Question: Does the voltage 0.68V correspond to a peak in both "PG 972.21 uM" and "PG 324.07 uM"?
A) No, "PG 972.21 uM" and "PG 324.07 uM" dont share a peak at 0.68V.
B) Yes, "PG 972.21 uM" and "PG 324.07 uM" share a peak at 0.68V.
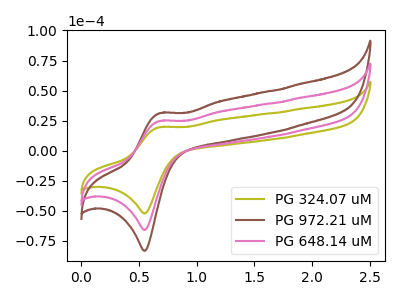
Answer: <think>The olive curve "PG 324.07 uM" has an anodic peak at (0.70V, 19.60uA) and a cathodic peak at (0.55V, -52.15uA). The brown curve "PG 972.21 uM" has an anodic peak at (0.70V, 49.55uA) and a cathodic peak at (0.55V, -131.80uA). The pink curve "PG 648.14 uM" has an anodic peak at (0.70V, 24.80uA) and a cathodic peak at (0.55V, -65.90uA).</think>
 <answer>B) Yes, "PG 972.21 uM" and "PG 324.07 uM" share a peak at 0.68V.</answer>
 <eval>B</eval>